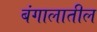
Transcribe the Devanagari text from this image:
बंगालातील